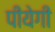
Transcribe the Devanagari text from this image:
पीयेगी